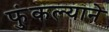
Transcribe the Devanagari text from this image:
फुंकल्याने